Eesti_Esindaja_Kaug-Idas_ja_Hiinas, lk 14
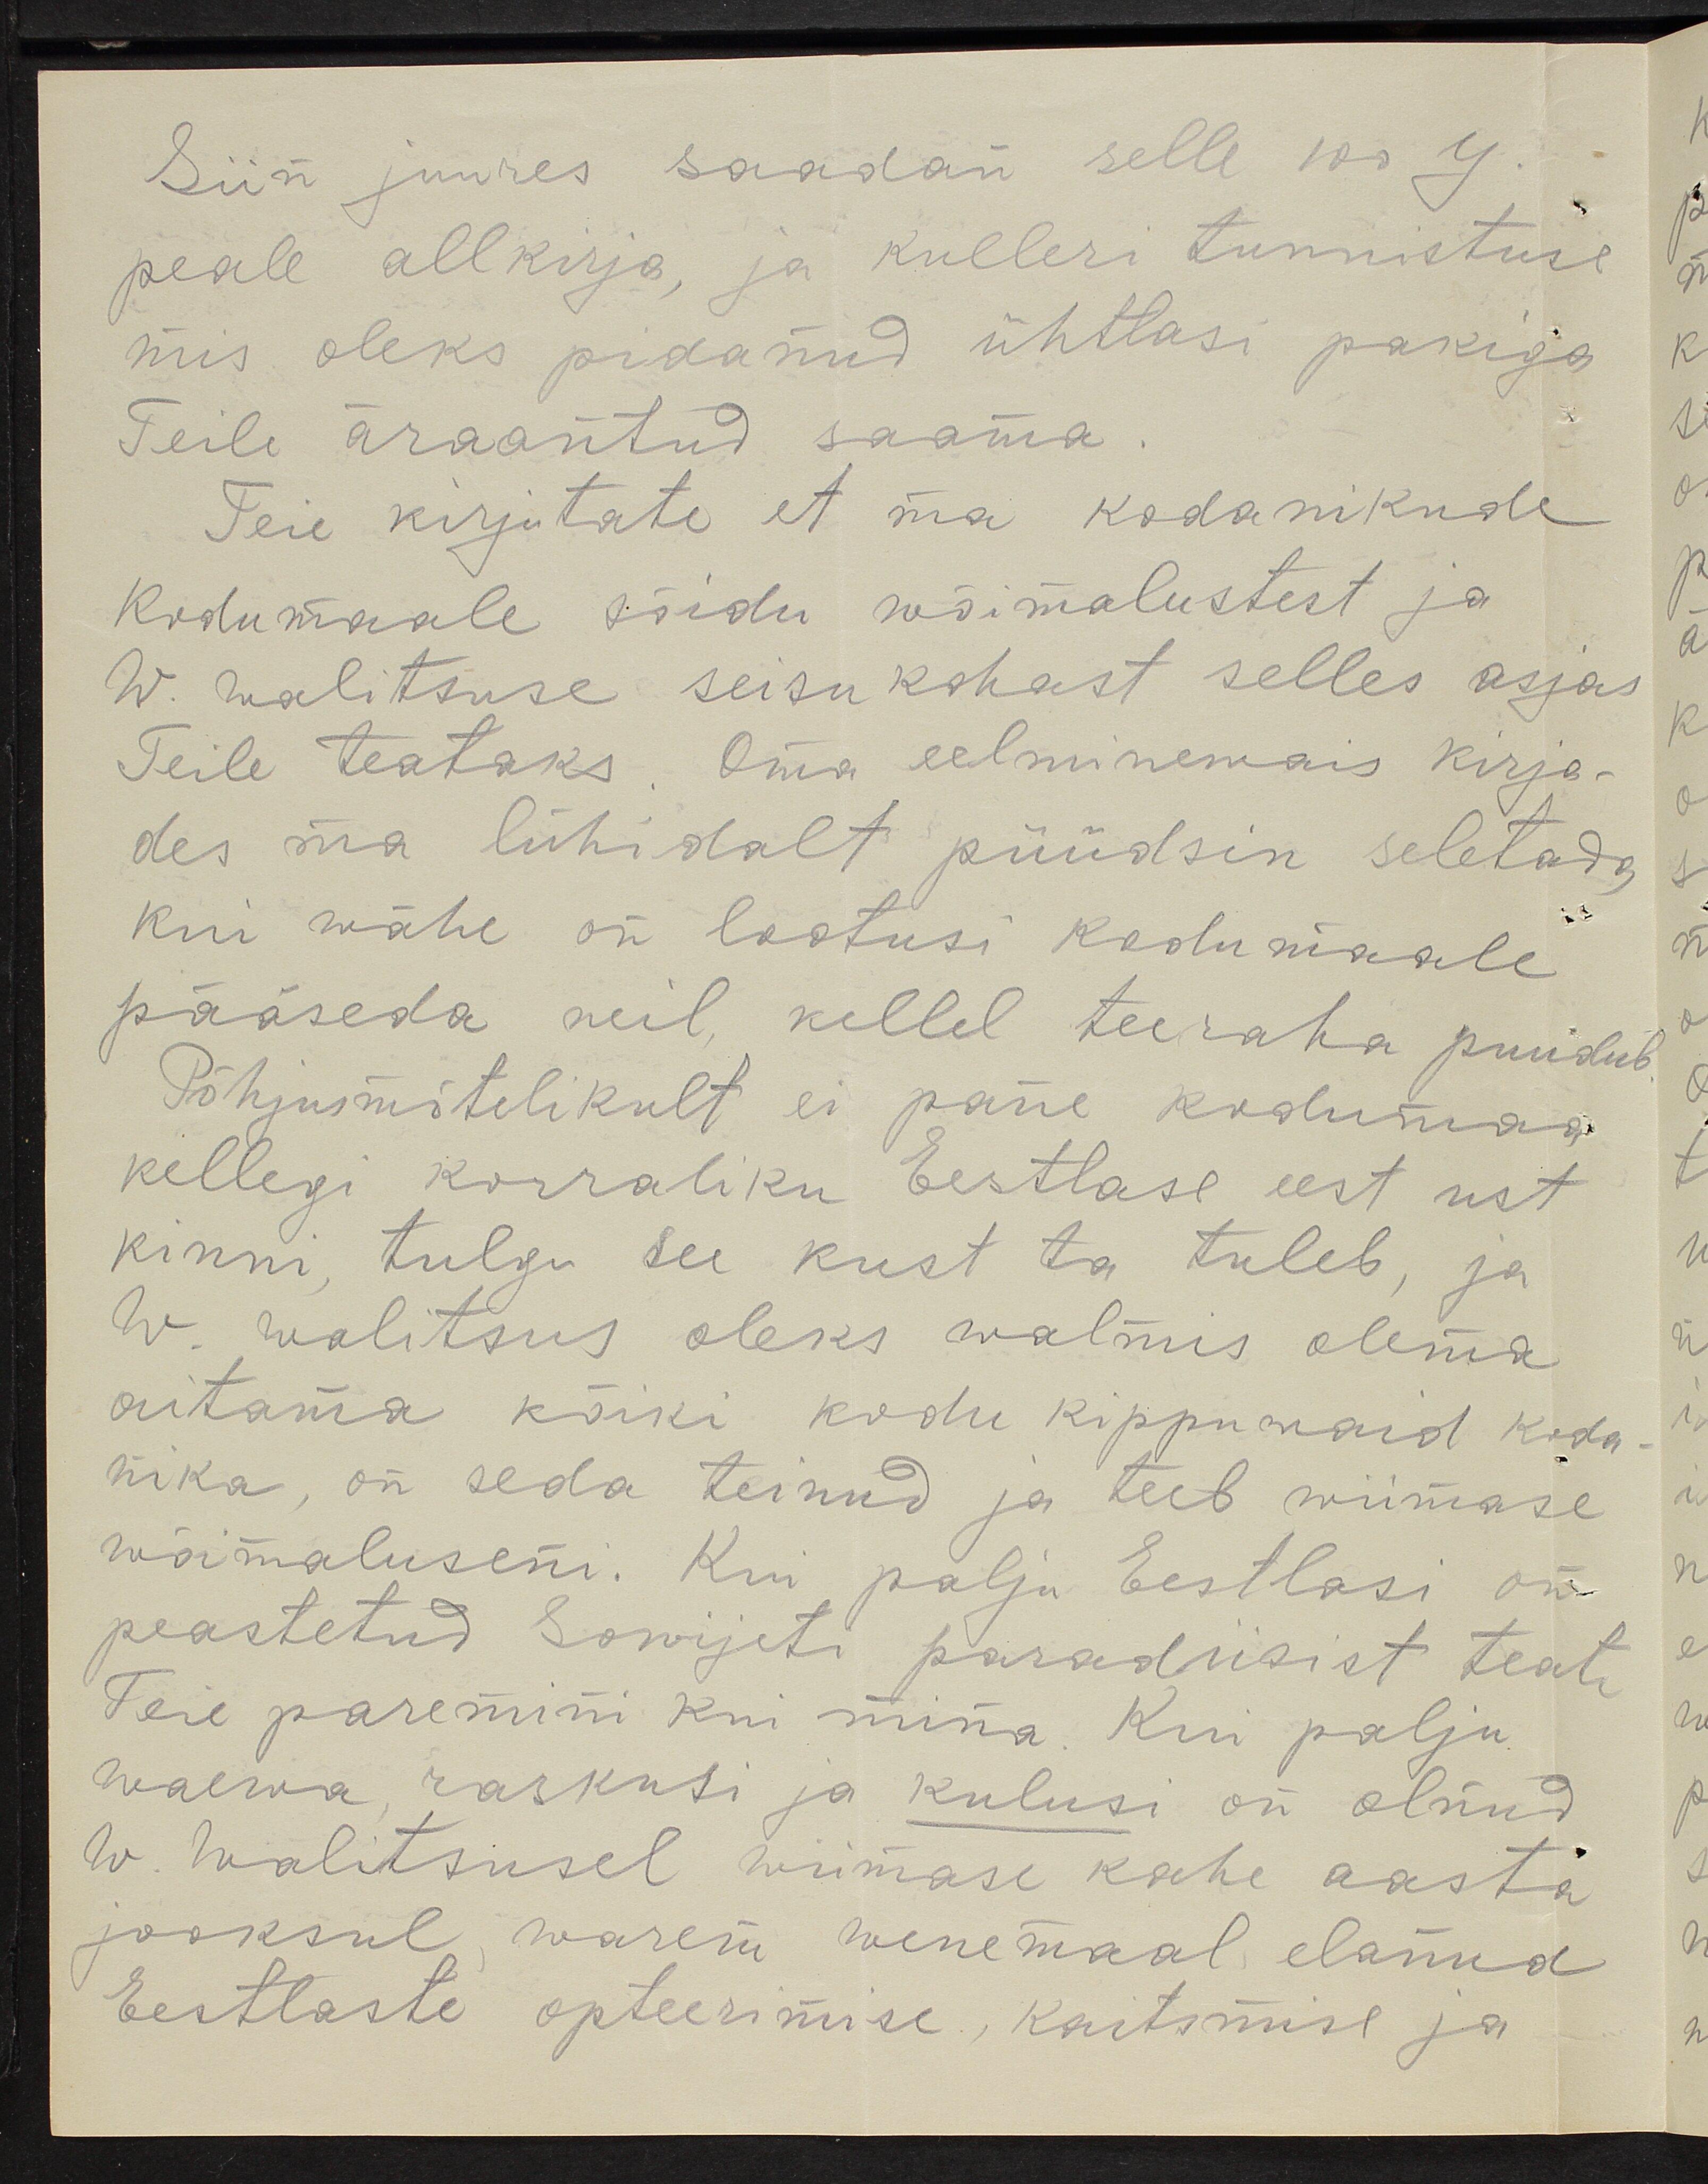
Siin juures saadan selle 100 y.
peale allkirja, ja kulleri tunnistuse
mis oleks pidanud ühtlasi pakiga
Teile äraantud saama.
Teie kirjutate et ma kodanikude
Kodumaale sõidu wõimalustest ja
W. walitsuse seisukohast selles asjas
Teile teataks oma eelminemais kirja-
des ma lühidalt püüdsin seletada
kui wähe on lootusi kodumaale,
pääseda neil kellel teeraha puudub
Põhjusmõtelikult ei pane kodumaa
kellegi korraliku Eestlase eest ust
kinni, tulgu see kust ta tuleb, ja
W. walitsus oleks walmis olema
aitama kõiki kodu kippuwaid koda-
nika, on seda teinud ja teeb wiimase
wõimaluseni. Kui palju Eestlasi on
peastetud Sowijeti paradiisist teate
Teie paremini kui mina. Kui palju
waewa raskusi ja kulusi on olnud
W. Walitsusel wiimase kahe aasta
jooksul warem wenemaal elanud
Eestlaste opteerimise, kaitsmise ja